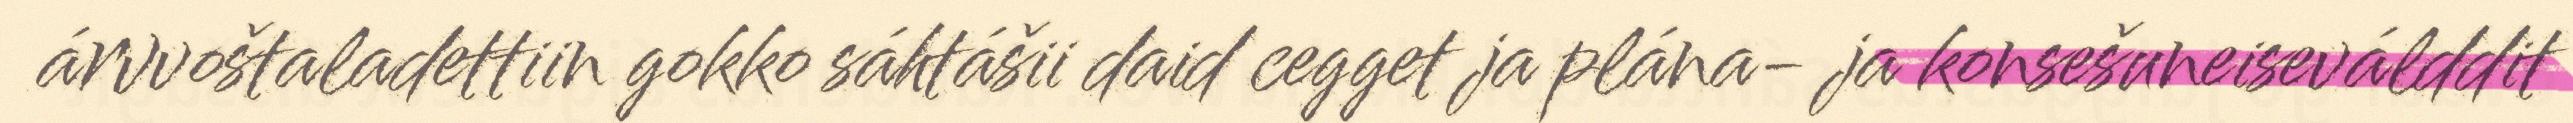
árvvoštaladettiin gokko sáhtášii daid cegget ja plána- ja konsešuneiseválddit